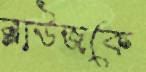
ব্লাউজকে